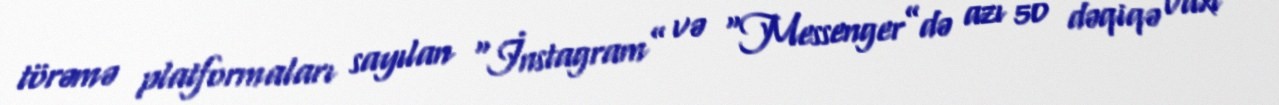
törəmə platformaları sayılan “İnstagram” və “Messenger”də azı 50 dəqiqə vaxt